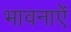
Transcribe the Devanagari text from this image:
भावनाऐं